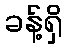
ခန့်ရှိ